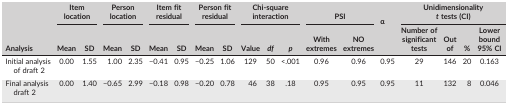
<table><thead><tr><td rowspan="2"><b>Analysis</b></td><td colspan="2"><b>Item location</b></td><td colspan="2"><b>Person location</b></td><td colspan="2"><b>Item fit residual</b></td><td colspan="2"><b>Person fit residual</b></td><td colspan="3"><b>Chi‐square interaction</b></td><td colspan="2"><b>PSI</b></td><td><b>α</b></td><td colspan="4"><b>Unidimensionality <i>t</i> tests (CI)</b></td></tr><tr><td><b>Mean</b></td><td><b>SD</b></td><td><b>Mean</b></td><td><b>SD</b></td><td><b>Mean</b></td><td><b>SD</b></td><td><b>Mean</b></td><td><b>SD</b></td><td><b>Value</b></td><td><b><i>df</i></b></td><td><b><i>p</i></b></td><td><b>With extremes</b></td><td><b>NO extremes</b></td><td></td><td><b>Number of significant tests</b></td><td><b>Out of</b></td><td><b>%</b></td><td><b>Lower bound 95% CI</b></td></tr></thead><tbody><tr><td>Initial analysis of draft 2</td><td>0.00</td><td>1.55</td><td>1.00</td><td>2.35</td><td>−0.41</td><td>0.95</td><td>−0.25</td><td>1.06</td><td>129</td><td>50</td><td>&lt;.001</td><td>0.96</td><td>0.96</td><td>0.95</td><td>29</td><td>146</td><td>20</td><td>0.163</td></tr><tr><td>Final analysis draft 2</td><td>0.00</td><td>1.40</td><td>−0.65</td><td>2.99</td><td>−0.18</td><td>0.98</td><td>−0.20</td><td>0.78</td><td>46</td><td>38</td><td>.18</td><td>0.95</td><td>0.95</td><td>0.95</td><td>11</td><td>132</td><td>8</td><td>0.046</td></tr></tbody></table>